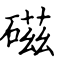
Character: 磁